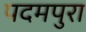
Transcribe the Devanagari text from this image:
पदमपुरा